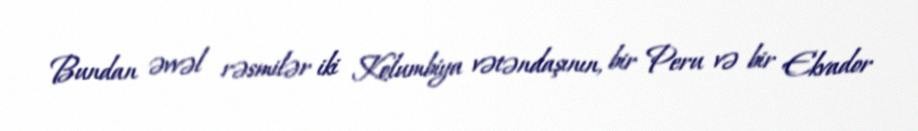
Bundan əvvəl rəsmilər iki Kolumbiya vətəndaşının, bir Peru və bir Ekvador